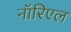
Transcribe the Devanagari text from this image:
नॉरिएल